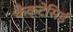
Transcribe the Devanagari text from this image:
कैक्टेसिई